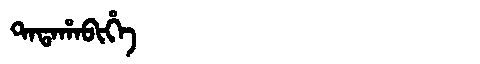
Manchu: ᡨᠠᡨᠠᡥᠠᠪᡳᡥᡝ
Romanization: TATAHABIHE